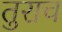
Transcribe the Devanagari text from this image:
तुराच